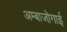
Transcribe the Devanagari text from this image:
अम्बाजोगाई